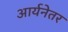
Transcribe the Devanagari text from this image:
आर्यनेतर